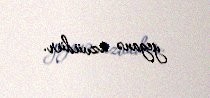
yeganə üzvüdür.